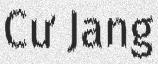
Cư Jang